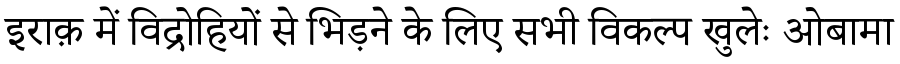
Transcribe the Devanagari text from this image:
इराक़ में विद्रोहियों से भिड़ने के लिए सभी विकल्प खुलेः ओबामा